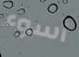
أسوء